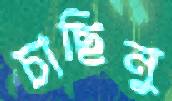
চাছিনু